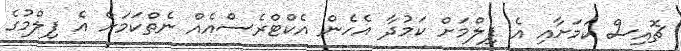
ޗޮއިސް ކަމަށާއި އެ ފިލްމަށް ކަމުދާ އެހެން އެކްޓްރެސްއެއް ނެތްކަމަށް އެ ފިލްމުގެ